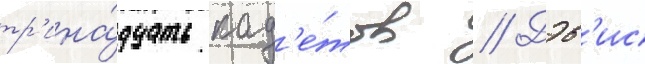
тр'ина́дцать кад'е́тов // Дэв'ис